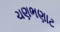
ચણભણાટ